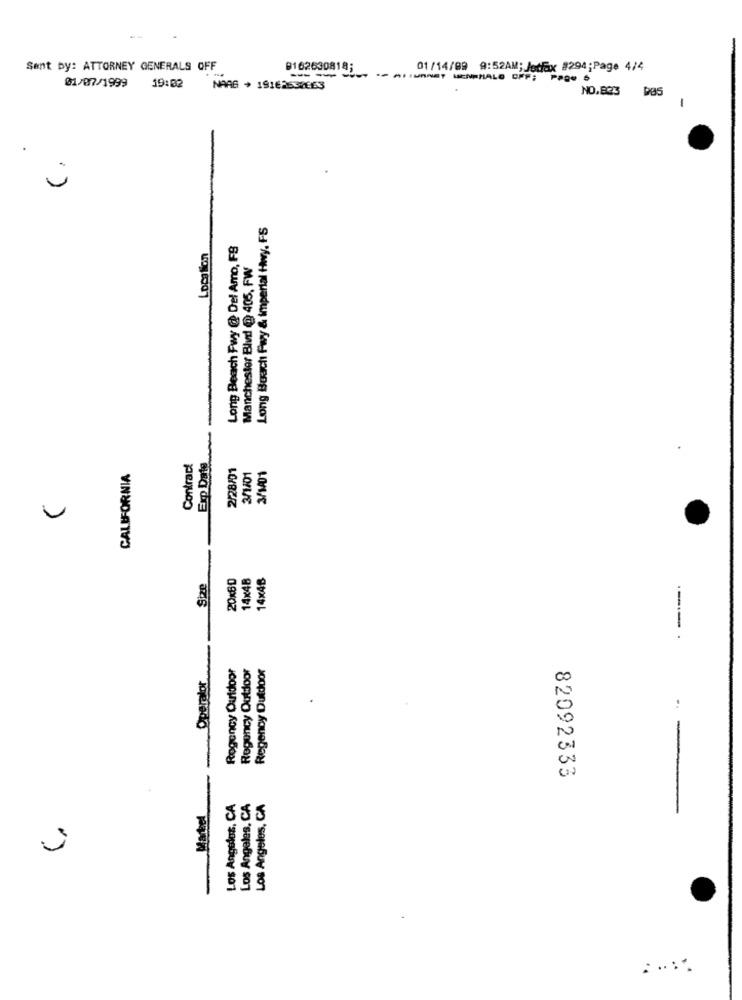
Sent by: ATTORNEY GENERALS OFF
9162630818;
01/14/89 9:52AM; Jetfax #294;Page 4/4
01/07/1999
19:02
-
NARG + 19162637EE3
NO.823
-
Long Boach Fwy & imperial Hwy, FS
Long Beach Fwy @ Del Amo, FS
Location
Manchester Blvd @ 405, FW
Exp Date
Contract
2/28/01
CALIFORNIA
3/1/01
3/1001
20xBD
14×48
14×4B
Size
---.
Regency Outdoor
Regency Outdoor
Regency Dutdoor
Operator
82092333
Los Angeles, CA
Los Angeles, CA
Los Angeles, CA
Markel